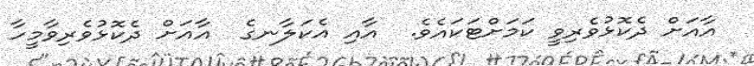
އާއަށް ދެކޮޅުވެރިވީ ކަމަށްޓަކައެވެ.  އާއި އެކަލާނގެ  އާއަށް ދެކޮޅުވެރިވާމީހާ